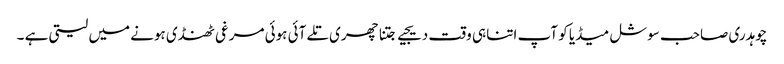
چوہدری صاحب سوشل میڈیا کو آپ اتنا ہی وقت دیجیے جتنا چھری تلے آئی ہوئی مرغی ٹھنڈی ہونے میں لیتی ہے ۔